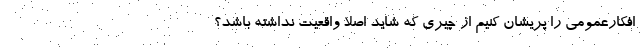
افکارعمومی را پریشان کنیم از چیری که شاید اصلا واقعیت نداشته باشد؟